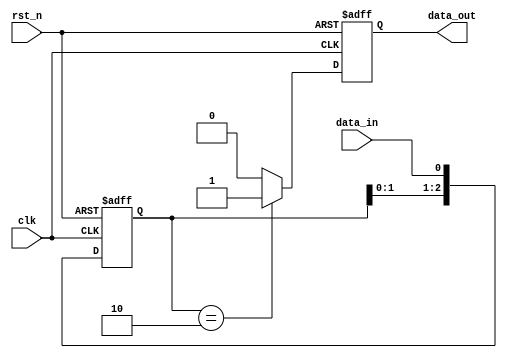
module pulse_detect(
    input wire clk,
    input wire rst_n,
    input wire data_in,
    output reg data_out
);

// State declaration to keep track of the previous, current, and next input states
reg [2:0] shift_reg;

always @(posedge clk or negedge rst_n) begin
    if (!rst_n) begin
        // Reset condition
        shift_reg <= 3'b000;
        data_out <= 1'b0;
    end else begin
        // Shift the register and input the new data
        shift_reg <= {shift_reg[1:0], data_in};

        // Detecting a pulse
        // A pulse is detected when the register holds 010
        if (shift_reg == 3'b010) begin
            data_out <= 1'b1; // Pulse detected, set output high
        end else begin
            data_out <= 1'b0; // No pulse, set output low
        end
    end
end

endmodule